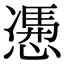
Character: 慿